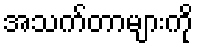
အသက်တာများကို